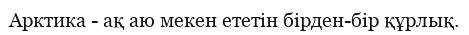
Арктика - ақ аю мекен ететін бірден-бір құрлық.